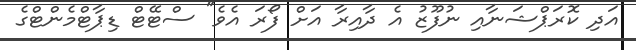
އަދި ކޮރަޕްޝަނާއި ނުފޫޒު އެ ދާއިރާ އަށް ފޯރަ އެވެ" ސްޓޭޓް ޑިޕާޓްމެންޓްގެ